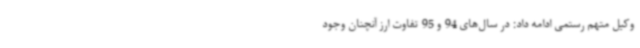
وکیل متهم رستمی ادامه داد: در سال‌های 94 و 95 تفاوت ارز آنچنان وجود